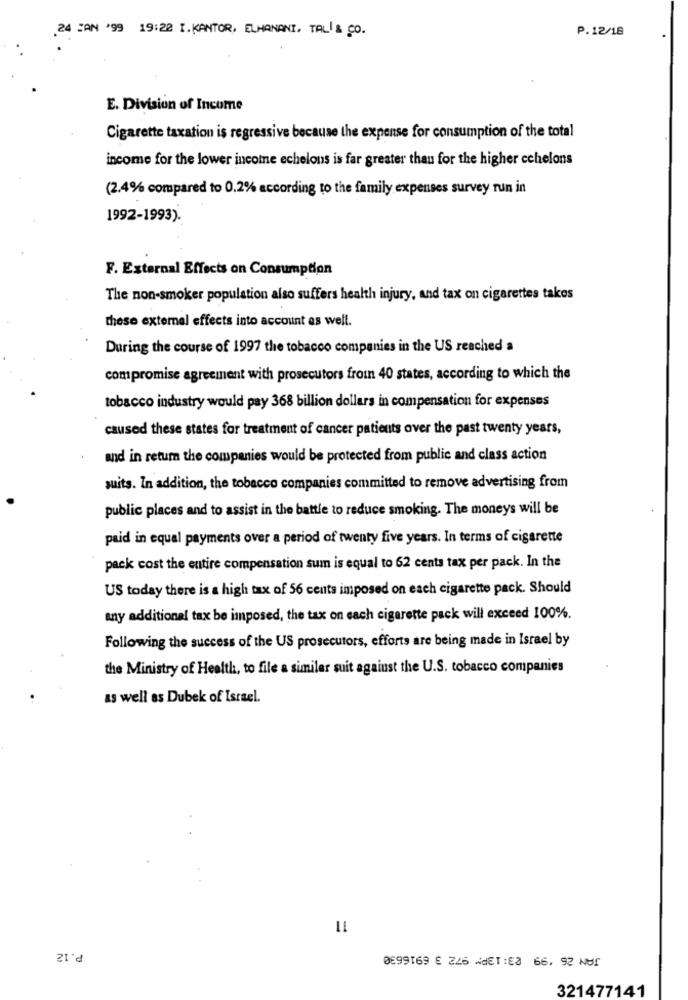
24 CAN '99 19:22 I.KANTOR, ELHANANI, TAL & co.
P.12/18
E. Division of Income
Cigarette taxation is regressive because the expense for consumption of the total
income for the lower income echelons is far greater than for the higher cchelons
(2.4% compared to 0.2% according to the family expenses survey run in
1992-1993).
F. External Effects on Consumption
The non-smoker population also suffers health injury, and tax on cigarettes takes
these external effects into account as well.
During the course of 1997 the tobacco companies in the US reached a
compromise agreement with prosecutors from 40 states, according to which the
tobacco industry would pay 368 billion dollars in compensation for expenses
caused these states for treatment of cancer patients over the past twenty years,
and in return the companies would be protected from public and class action
suits. In addition, the tobacco companies committed to remove advertising from
public places and to assist in the battle to reduce smoking. The moneys will be
paid in equal payments over a period of twenty five years. In terms of cigarette
pack cost the entire compensation sum is equal to 62 cents tax per pack. In the
US today there is a high tax of 56 cents imposed on each cigarette pack. Should
any additional tax be imposed, the tax on each cigarette pack will exceed 100%.
Following the success of the US prosecutors, efforts are being made in Israel by
the Ministry of Health, to file a similar suit against the U.S. tobacco companies
as well as Dubek of Israel.
P.12
0699169 € 225 WdET:0 66. 92 NU!
321477141